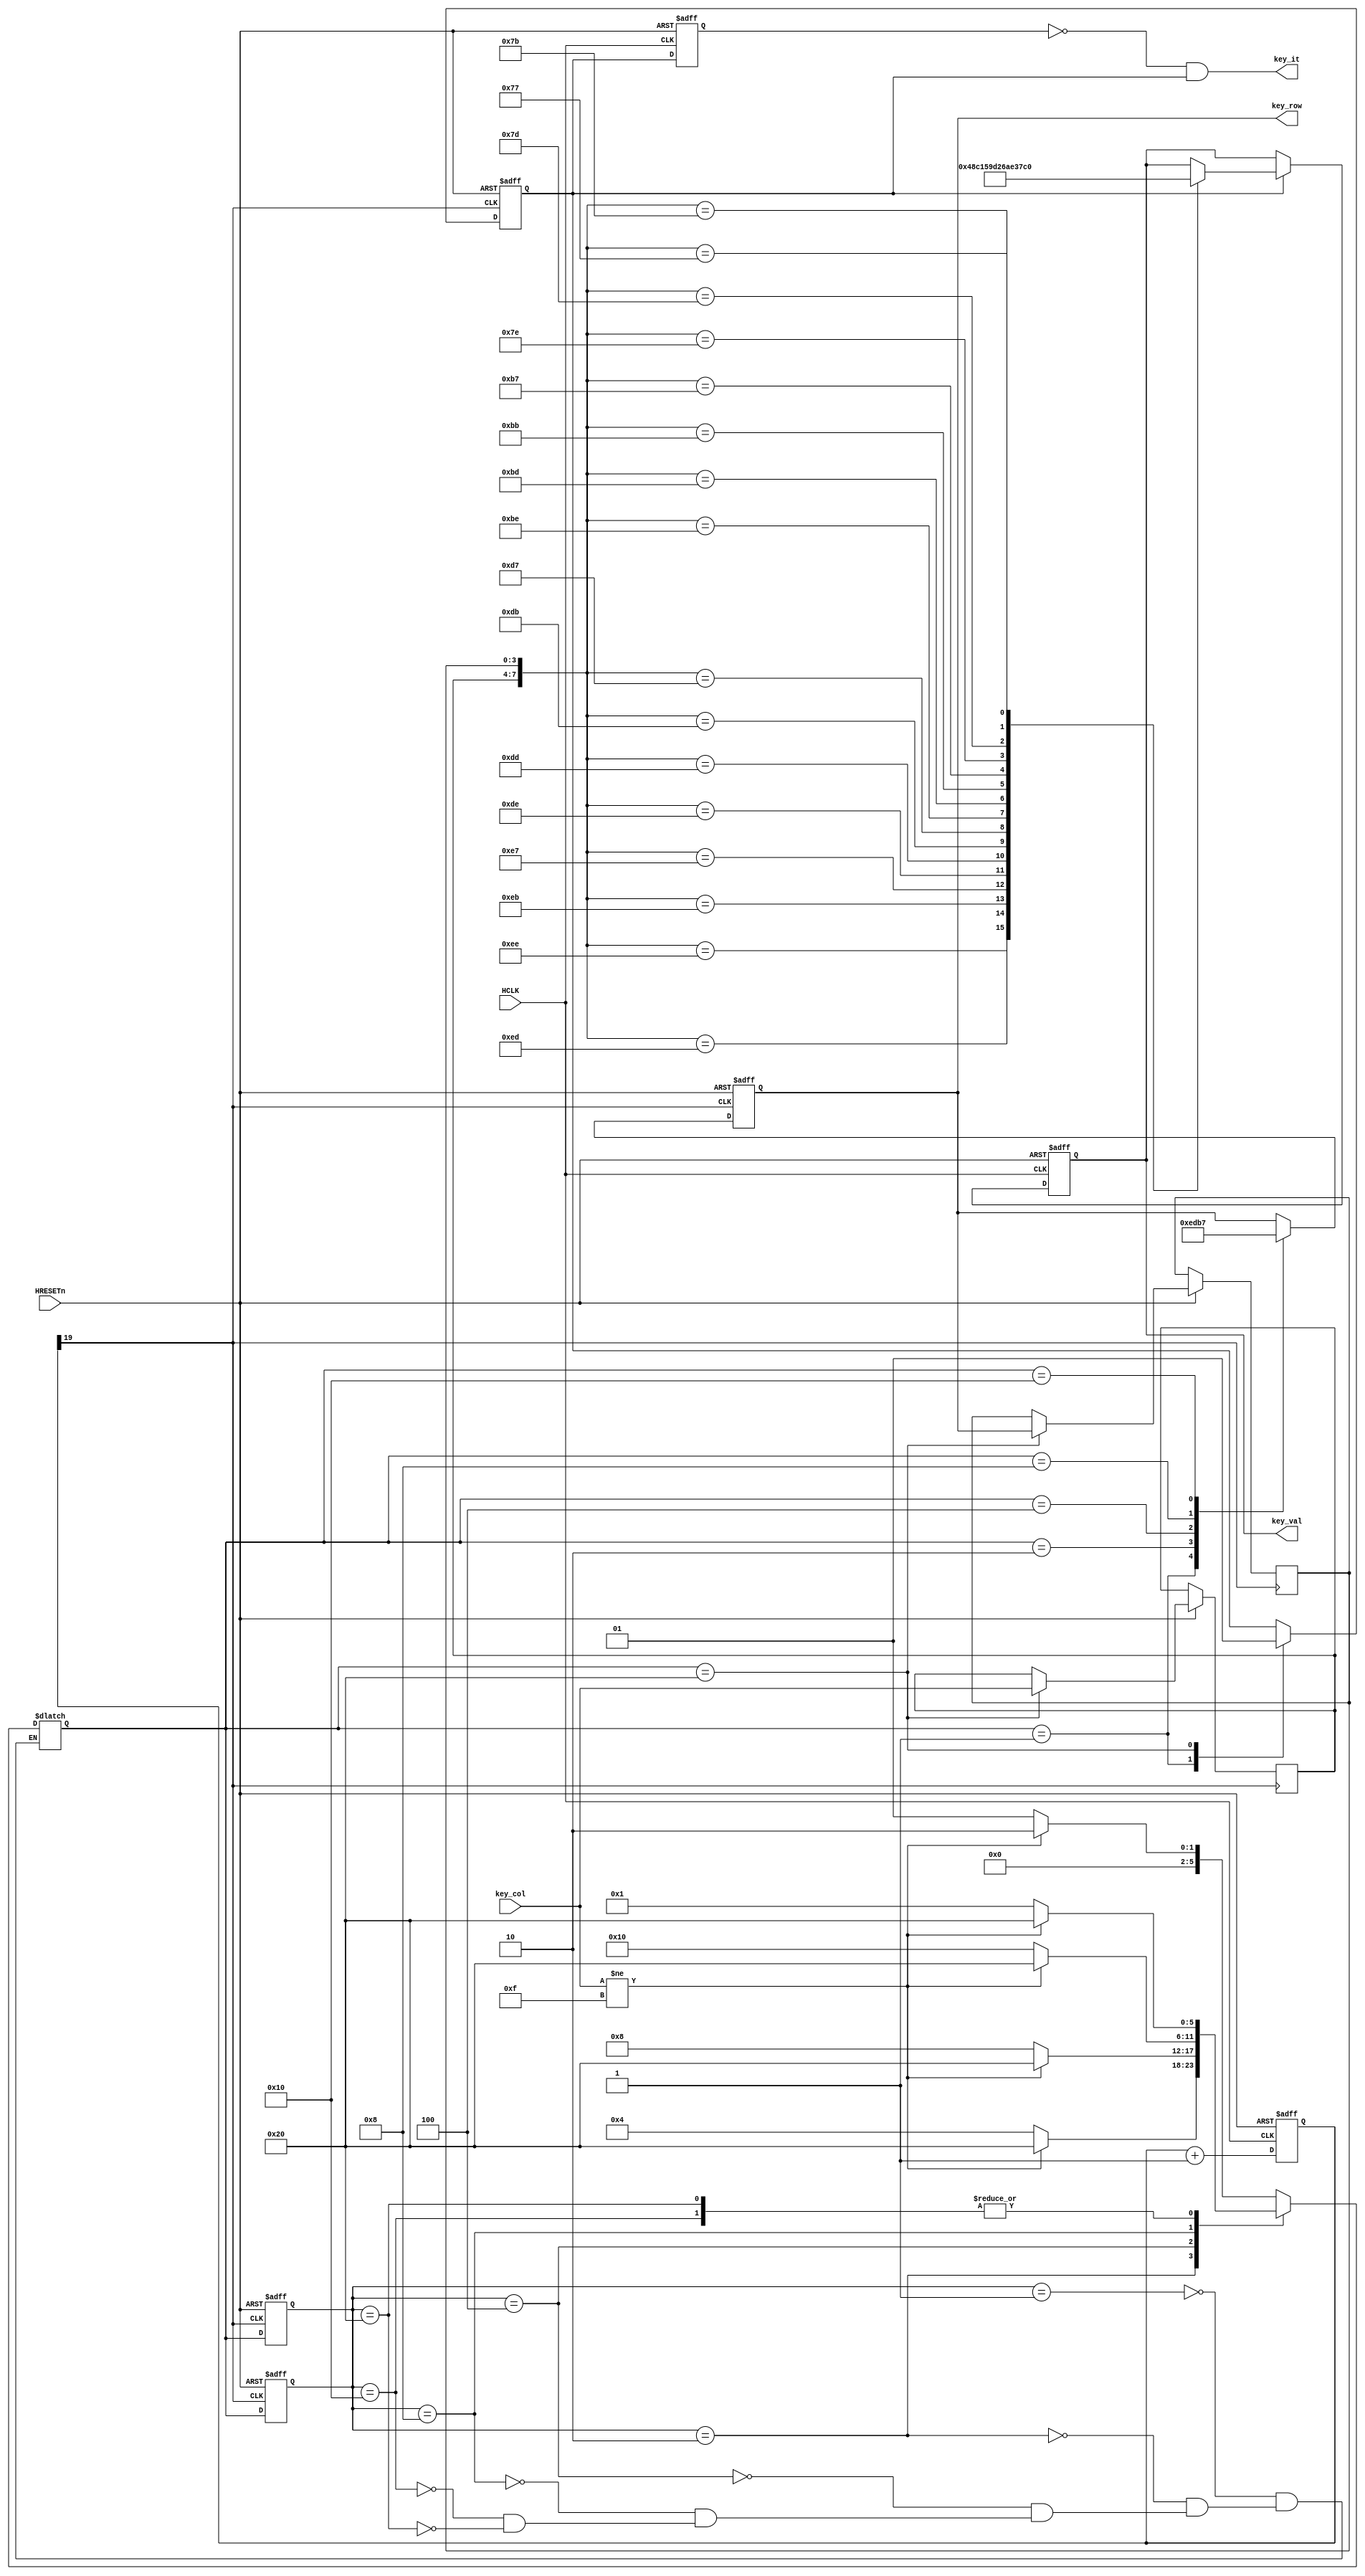
module Keyboard(
        input  wire          HCLK,
        input  wire          HRESETn,
        input  wire  [3:0]   key_col,    //
        output reg   [3:0]   key_row,    //
        output reg   [3:0]   key_val,
        output wire          key_it
    );

    //++++++++++++++++++++++++++++++++++++++
    //  
    //++++++++++++++++++++++++++++++++++++++
    reg [19:0] cnt;                         // 

    always @ (posedge HCLK, negedge HRESETn)
        if (!HRESETn)
            cnt <= 0;
        else
            cnt <= cnt + 1'b1;

    wire key_clk = cnt[19];                 //T =(2^20/50M = 20.97152)ms
    //--------------------------------------
    //  
    //--------------------------------------


    //++++++++++++++++++++++++++++++++++++++
    //  
    //++++++++++++++++++++++++++++++++++++++
    // 
    parameter NO_KEY_PRESSED = 6'b000_001;  // 
    parameter SCAN_COL0      = 6'b000_010;  // 0
    parameter SCAN_COL1      = 6'b000_100;  // 1
    parameter SCAN_COL2      = 6'b001_000;  // 2
    parameter SCAN_COL3      = 6'b010_000;  // 3
    parameter KEY_PRESSED    = 6'b100_000;  // 

    reg [5:0] current_state, next_state;    // 
    reg [3:0] key_col_val;
    always @ (posedge key_clk, negedge HRESETn)
        if (!HRESETn)
            current_state <= NO_KEY_PRESSED;
        else
            current_state <= next_state;

    always @ (posedge key_clk, negedge HRESETn)
        if (!HRESETn)
            current_state <= NO_KEY_PRESSED;
        else
            current_state <= next_state;

    // 
    always @(*)
    case (current_state)
        NO_KEY_PRESSED :                    // 
            if (key_col != 4'hF)
                next_state = SCAN_COL0;
            else
                next_state = NO_KEY_PRESSED;
        SCAN_COL0 :                         // 0
            if (key_col != 4'hF)
                next_state = KEY_PRESSED;
            else
                next_state = SCAN_COL1;
        SCAN_COL1 :                         // 1
            if (key_col != 4'hF)
                next_state = KEY_PRESSED;
            else
                next_state = SCAN_COL2;
        SCAN_COL2 :                         // 2
            if (key_col != 4'hF)
                next_state = KEY_PRESSED;
            else
                next_state = SCAN_COL3;
        SCAN_COL3 :                         // 3
            if (key_col != 4'hF)
                next_state = KEY_PRESSED;
            else
                next_state = NO_KEY_PRESSED;
        KEY_PRESSED :                       // 
            if (key_col != 4'hF)
                next_state = KEY_PRESSED;
            else
                next_state = NO_KEY_PRESSED;
    endcase

    reg       key_pressed_flag;             // 
    reg       key_pressed_flag_r;             // 
    reg [3:0] col_val, row_val;             // 

    // 
    always @ (posedge key_clk, negedge HRESETn)
        if (!HRESETn) begin
            key_row              <= 4'h0;
            key_pressed_flag <=    0;
        end
        else
        case (next_state)
            NO_KEY_PRESSED :                  // 
            begin
                key_row              <= 4'h0;
                key_pressed_flag <=    0;       // 
            end
            SCAN_COL0 :                       // 0
                key_row <= 4'b1110;
            SCAN_COL1 :                       // 1
                key_row <= 4'b1101;
            SCAN_COL2 :                       // 2
                key_row <= 4'b1011;
            SCAN_COL3 :                       // 3
                key_row <= 4'b0111;
            KEY_PRESSED :                     // 
            begin
                col_val          <= key_col;        // 
                row_val          <= key_row;        // 
                key_pressed_flag <= 1;          // 
            end
        endcase
    //--------------------------------------
    //  
    //--------------------------------------
    always @ (posedge HCLK, negedge HRESETn)
        if(~HRESETn)
            key_pressed_flag_r <= 1'b0;
        else
            key_pressed_flag_r <= key_pressed_flag;
    //++++++++++++++++++++++++++++++++++++++
    //  
    //++++++++++++++++++++++++++++++++++++++
    always @ (posedge HCLK, negedge HRESETn)
        if (!HRESETn)
            key_val <= 4'h0;
        else
            if (key_pressed_flag)
            case ({col_val, row_val})
                8'b1110_1110 :
                    key_val <= 4'h0;
                8'b1110_1101 :
                    key_val <= 4'h4;
                8'b1110_1011 :
                    key_val <= 4'h8;
                8'b1110_0111 :
                    key_val <= 4'hC;

                8'b1101_1110 :
                    key_val <= 4'h1;
                8'b1101_1101 :
                    key_val <= 4'h5;
                8'b1101_1011 :
                    key_val <= 4'h9;
                8'b1101_0111 :
                    key_val <= 4'hD;

                8'b1011_1110 :
                    key_val <= 4'h2;
                8'b1011_1101 :
                    key_val <= 4'h6;
                8'b1011_1011 :
                    key_val <= 4'hA;
                8'b1011_0111 :
                    key_val <= 4'hE;

                8'b0111_1110 :
                    key_val <= 4'h3;
                8'b0111_1101 :
                    key_val <= 4'h7;
                8'b0111_1011 :
                    key_val <= 4'hB;
                8'b0111_0111 :
                    key_val <= 4'hF;
            endcase
    assign key_it = ~key_pressed_flag_r&key_pressed_flag;//
endmodule //Keyboard